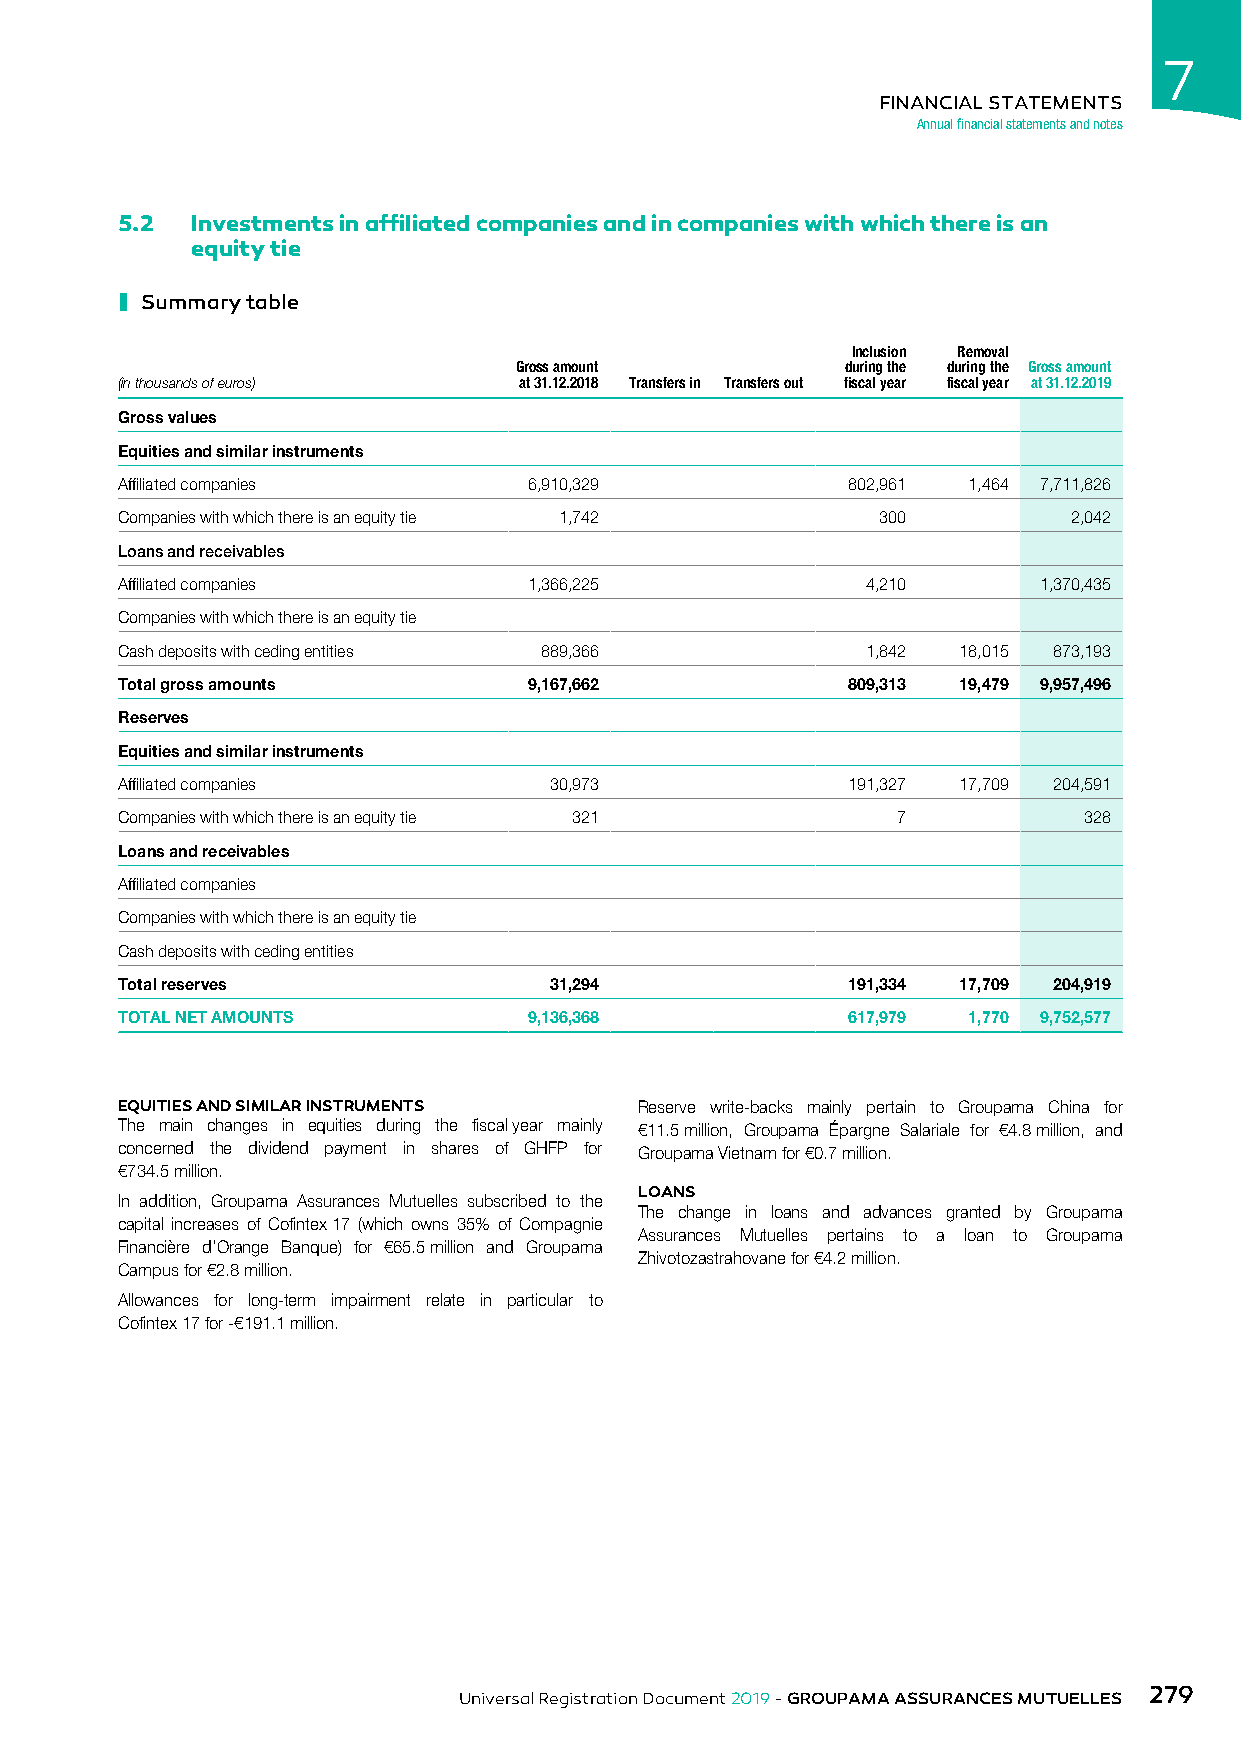
7
 FINANCIAL STATEMENTS
 Annual financial statements and notes
 5.2  Investments in affiliated companies and in companies with which there is an
 equity tie
 ı
 Summary table
 Inclusion Removal
 Gross amount          during the during the Gross amount
 (in thousands of euros)   at 31.12.2018 Transfers in Transfers out fiscal year fiscal year at 31.12.2019
 Gross values
 Equities and similar instruments
 Affiliated companies       6,910,329            802,961 1,464 7,711,826
 Companies with which there is an equity tie 1,742 300          2,042
 Loans and receivables
 Affiliated companies       1,366,225             4,210       1,370,435
 Companies with which there is an equity tie
 Cash deposits with ceding entities 889,366       1,842 18,015 873,193
 Total gross amounts        9,167,662            809,313 19,479 9,957,496
 Reserves
 Equities and similar instruments
 Affiliated companies        30,973              191,327 17,709 204,591
 Companies with which there is an equity tie 321    7            328
 Loans and receivables
 Affiliated companies
 Companies with which there is an equity tie
 Cash deposits with ceding entities
 Total reserves              31,294              191,334 17,709 204,919
 TOTAL NET AMOUNTS          9,136,368            617,979 1,770 9,752,577
 EQUITIES AND SIMILAR INSTRUMENTS  Reserve write-backs mainly pertain to Groupama China for
 The main changes in equities during the fiscal year mainly €11.5 million, Groupama Épargne Salariale for €4.8 million, and
 concerned the dividend payment in shares of GHFP for Groupama Vietnam for €0.7 million.
 €734.5 million.
 LOANS
 In addition, Groupama Assurances Mutuelles subscribed to the
 The change in loans and advances granted by Groupama
 capital increases of Cofintex 17 (which owns 35% of Compagnie
 Assurances Mutuelles pertains to a loan to Groupama
 Financière d’Orange Banque) for €65.5 million and Groupama
 Zhivotozastrahovane for €4.2 million.
 Campus for €2.8 million.
 Allowances for long-term impairment relate in particular to
 Cofintex 17 for -€191.1 million.
 279
 Universal Registration Document 2019 - GROUPAMA ASSURANCES MUTUELLES